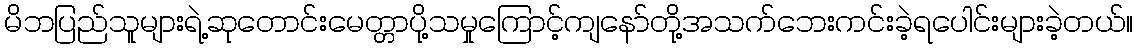
မိဘပြည်သူများရဲ့ဆုတောင်းမေတ္တာပို့သမှုကြောင့်ကျနော်တို့အသက်ဘေးကင်းခဲ့ရပေါင်းများခဲ့တယ်။